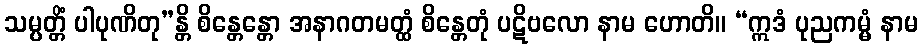
သမ္ပတ္တိံ ပါပုဏိတု”န္တိ စိန္တေန္တော အနာဂတမတ္ထံ စိန္တေတုံ ပဋိဗလော နာမ ဟောတိ။ “ဣဒံ ပုညကမ္မံ နာမ